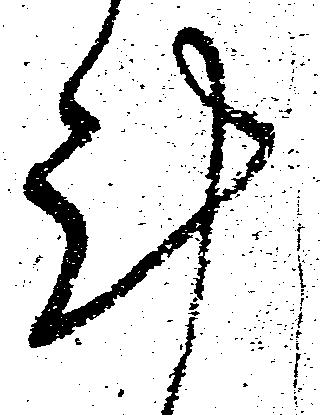
計